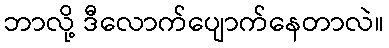
ဘာလို့ ဒီလောက်ပျောက်နေတာလဲ။